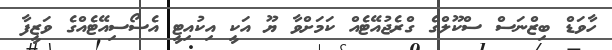
ހާވަޑް ބިޒްނަސް ސްކޫލްގެ ގްރެޖުއޭޓެއް ކަމަށްވާ ޔޫ އަކީ އިކުއިޓީ އެސޯސިއޭޓެއްގެ ވަޒީފާ